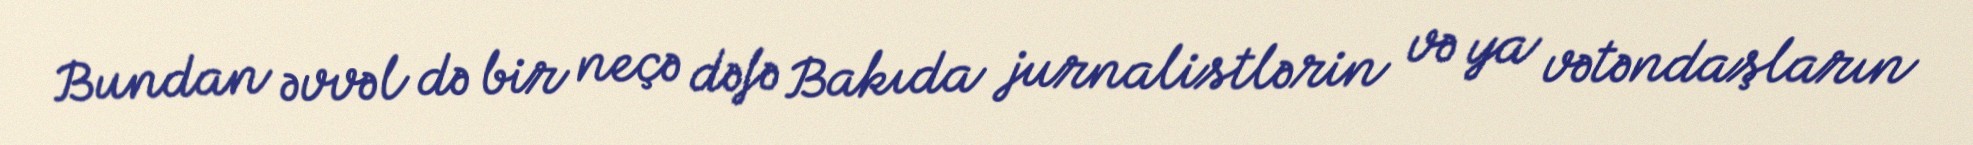
Bundan əvvəl də bir neçə dəfə Bakıda jurnalistlərin və ya vətəndaşların